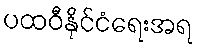
ပထဝီနိုင်ငံရေးအရ